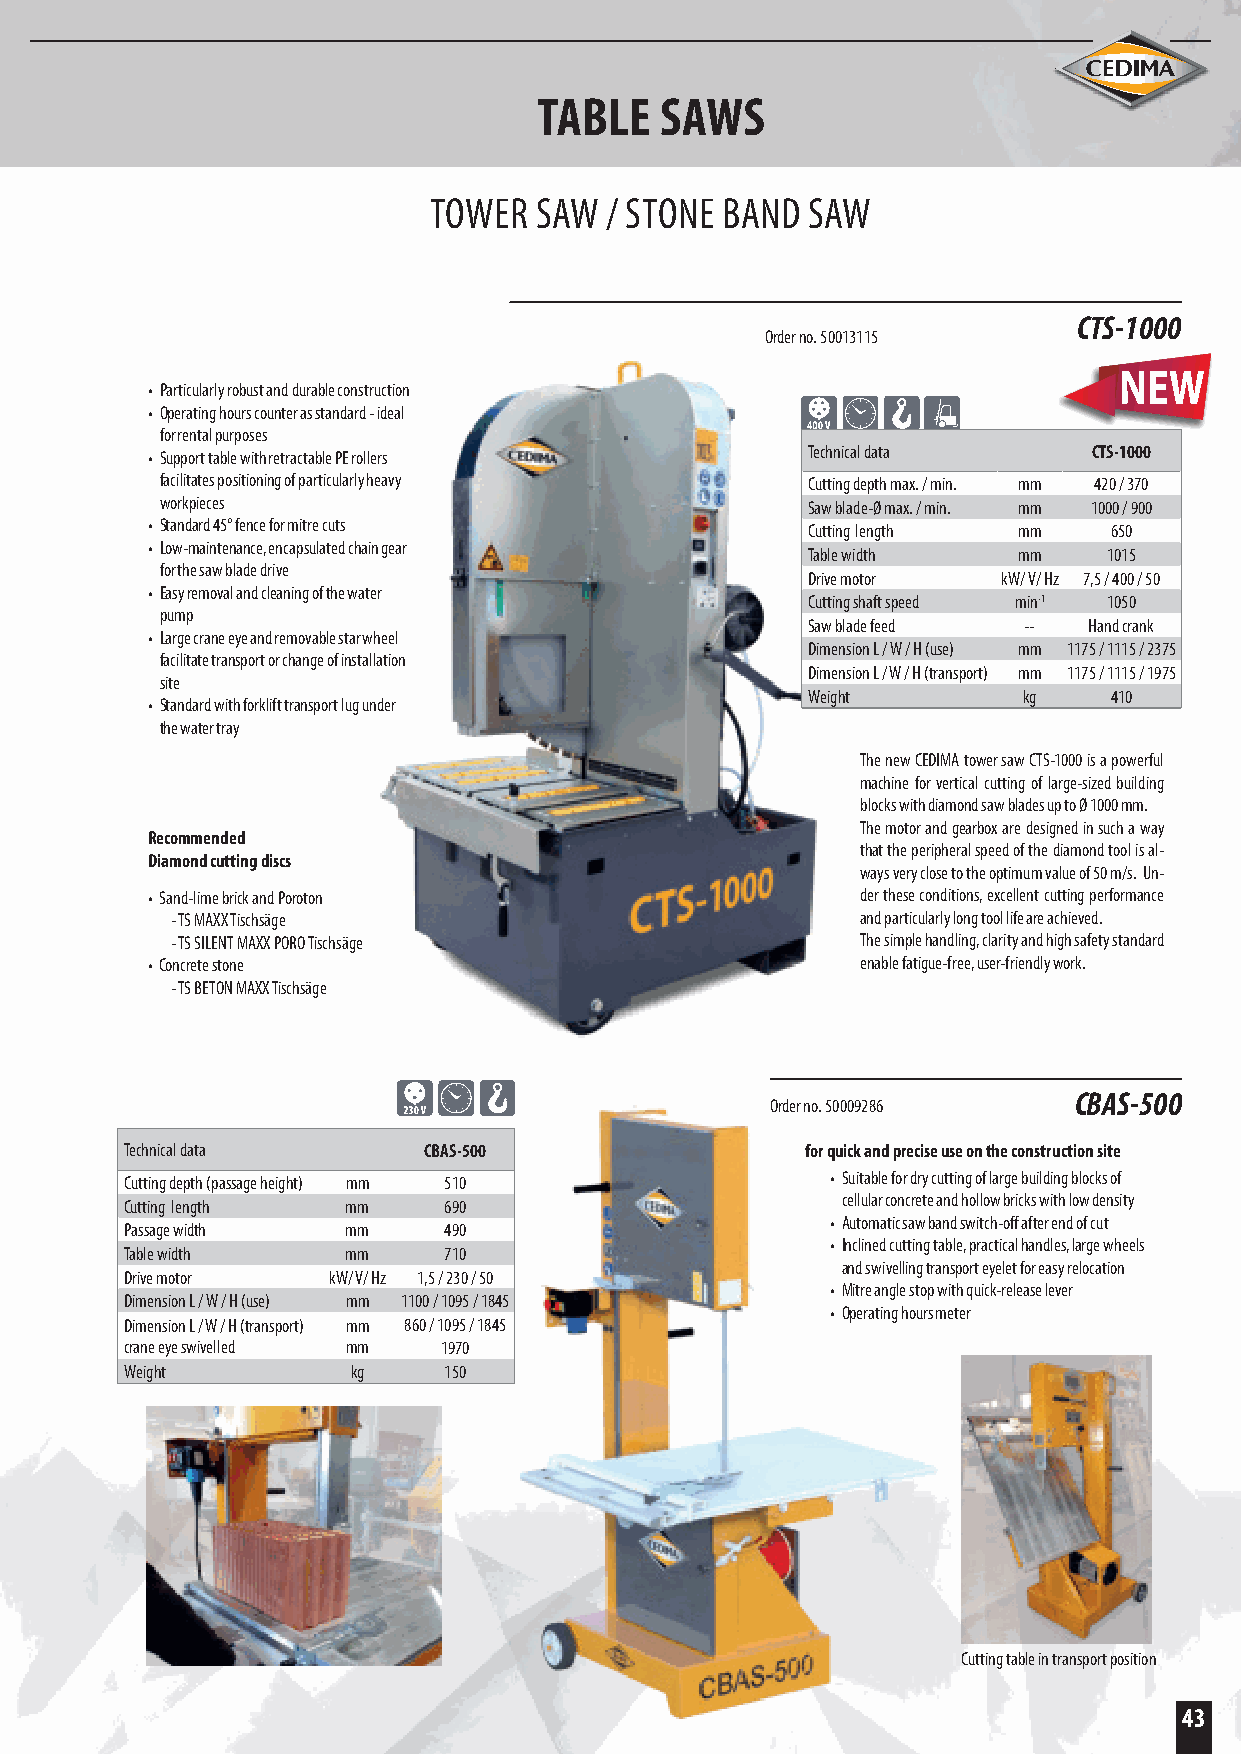
TABLE   SAWS
 TOWER  SAW  / STONE BAND SAW
 CTS-1000
 Order no. 50013115
 • Particularly robust and durable construction
 • Operating hours counter as standard - ideal
 for rental purposes
 Technical data     CTS-1000
 • Support table with retractable PE rollers
 facilitates positioning of particularly heavy Cutting depth max. / min. mm 420 / 370
 workpieces                                Saw blade-Ø max. / min. mm 1000 / 900
 • Standard 45° fence for mitre cuts        Cutting length mm   650
 • Low-maintenance, encapsulated chain gear
 Table width   mm    1015
 for the saw blade drive
 Drive motor  kW/ V/ Hz 7,5 / 400 / 50
 • Easy removal and cleaning of the water
 Cutting shaft speed min-1 1050
 pump
 Saw blade feed --  Hand crank
 • Large crane eye and removable star wheel
 Dimension L / W / H (use) mm 1175 / 1115 / 2375
 facilitate transport or change of installation
 Dimension L / W / H (transport) mm 1175 / 1115 / 1975
 site
 Weight         kg   410
 • Standard with forklift transport lug under
 the water tray
 The new CEDIMA tower saw CTS-1000 is a powerful
 machine for vertical cutting of large-sized building
 blocks with diamond saw blades up to Ø 1000 mm.
 The motor and gearbox are designed in such a way
 Recommended
 that the peripheral speed of the diamond tool is al-
 Diamond cutting discs
 ways very close to the optimum value of 50 m/s. Un-
 • Sand-lime brick and Poroton                  der these conditions, excellent cutting performance
 - TS MAXX Tischsäge                           and particularly long tool life are achieved.
 - TS SILENT MAXX PORO Tischsäge               The simple handling, clarity and high safety standard
 • Concrete stone                               enable fatigue-free, user-friendly work.
 - TS BETON MAXX Tischsäge
 CBAS-500
 Order no. 50009286
 Technical data      CBAS-500                 for quick and precise use on the construction site
 Cutting depth (passage height) mm 510          • Suitable for dry cutting of large building blocks of
 cellular concrete and hollow bricks with low density
 Cutting length mm    690
 • Automatic saw band switch-off after end of cut
 Passage width  mm    490
 • Inclined cutting table, practical handles, large wheels
 Table width    mm    710
 and swivelling transport eyelet for easy relocation
 Drive motor   kW/ V/ Hz 1,5 / 230 / 50
 • Mitre angle stop with quick-release lever
 Dimension L / W / H (use) mm 1100 / 1095 / 1845
 • Operating hours meter
 Dimension L / W / H (transport) mm 860 / 1095 / 1845
 crane eye swivelled mm 1970
 Weight         kg    150
 Cutting table in transport position
 43